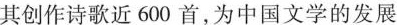
其创作诗歌近600首，为中国文学的发展